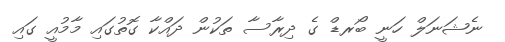
ނެޝަނަލް ހަނީ ބޯރޑް ގެ ދިރާސާ ތަކުން ދައްކާ ގޮތުގައި މާމުއީ ގައި